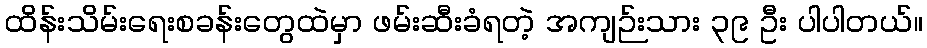
ထိန်းသိမ်းရေးစခန်းတွေထဲမှာ ဖမ်းဆီးခံရတဲ့ အကျဉ်းသား ၃၉ ဦး ပါပါတယ်။